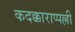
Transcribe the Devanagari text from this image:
कदक्काराप्पल्ली